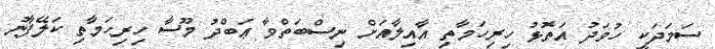
ސަމަދަކީ ހުވަދު އަތޮޅު ހިރިހަމާތި އާއިލާއަށް ނިސްބަތްވާ ޢަބްދު މޫސާ ހިރިހަމާތި ކަލޭފާނު